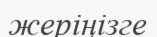
жеріңізге